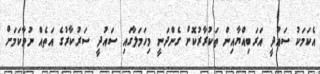
އެކަމަކު ސައުދީ އަރަބިއްޔާއިން ތަކުރާރުކޮށް ގެންދަނީ މިހަމަލާގައި ސައުދީ ސަރުކާރުގެ އަތެއް ނުވާކަމަށް